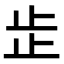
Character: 𣥕